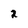
Character: 2